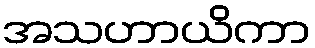
အသဟာယိကာ